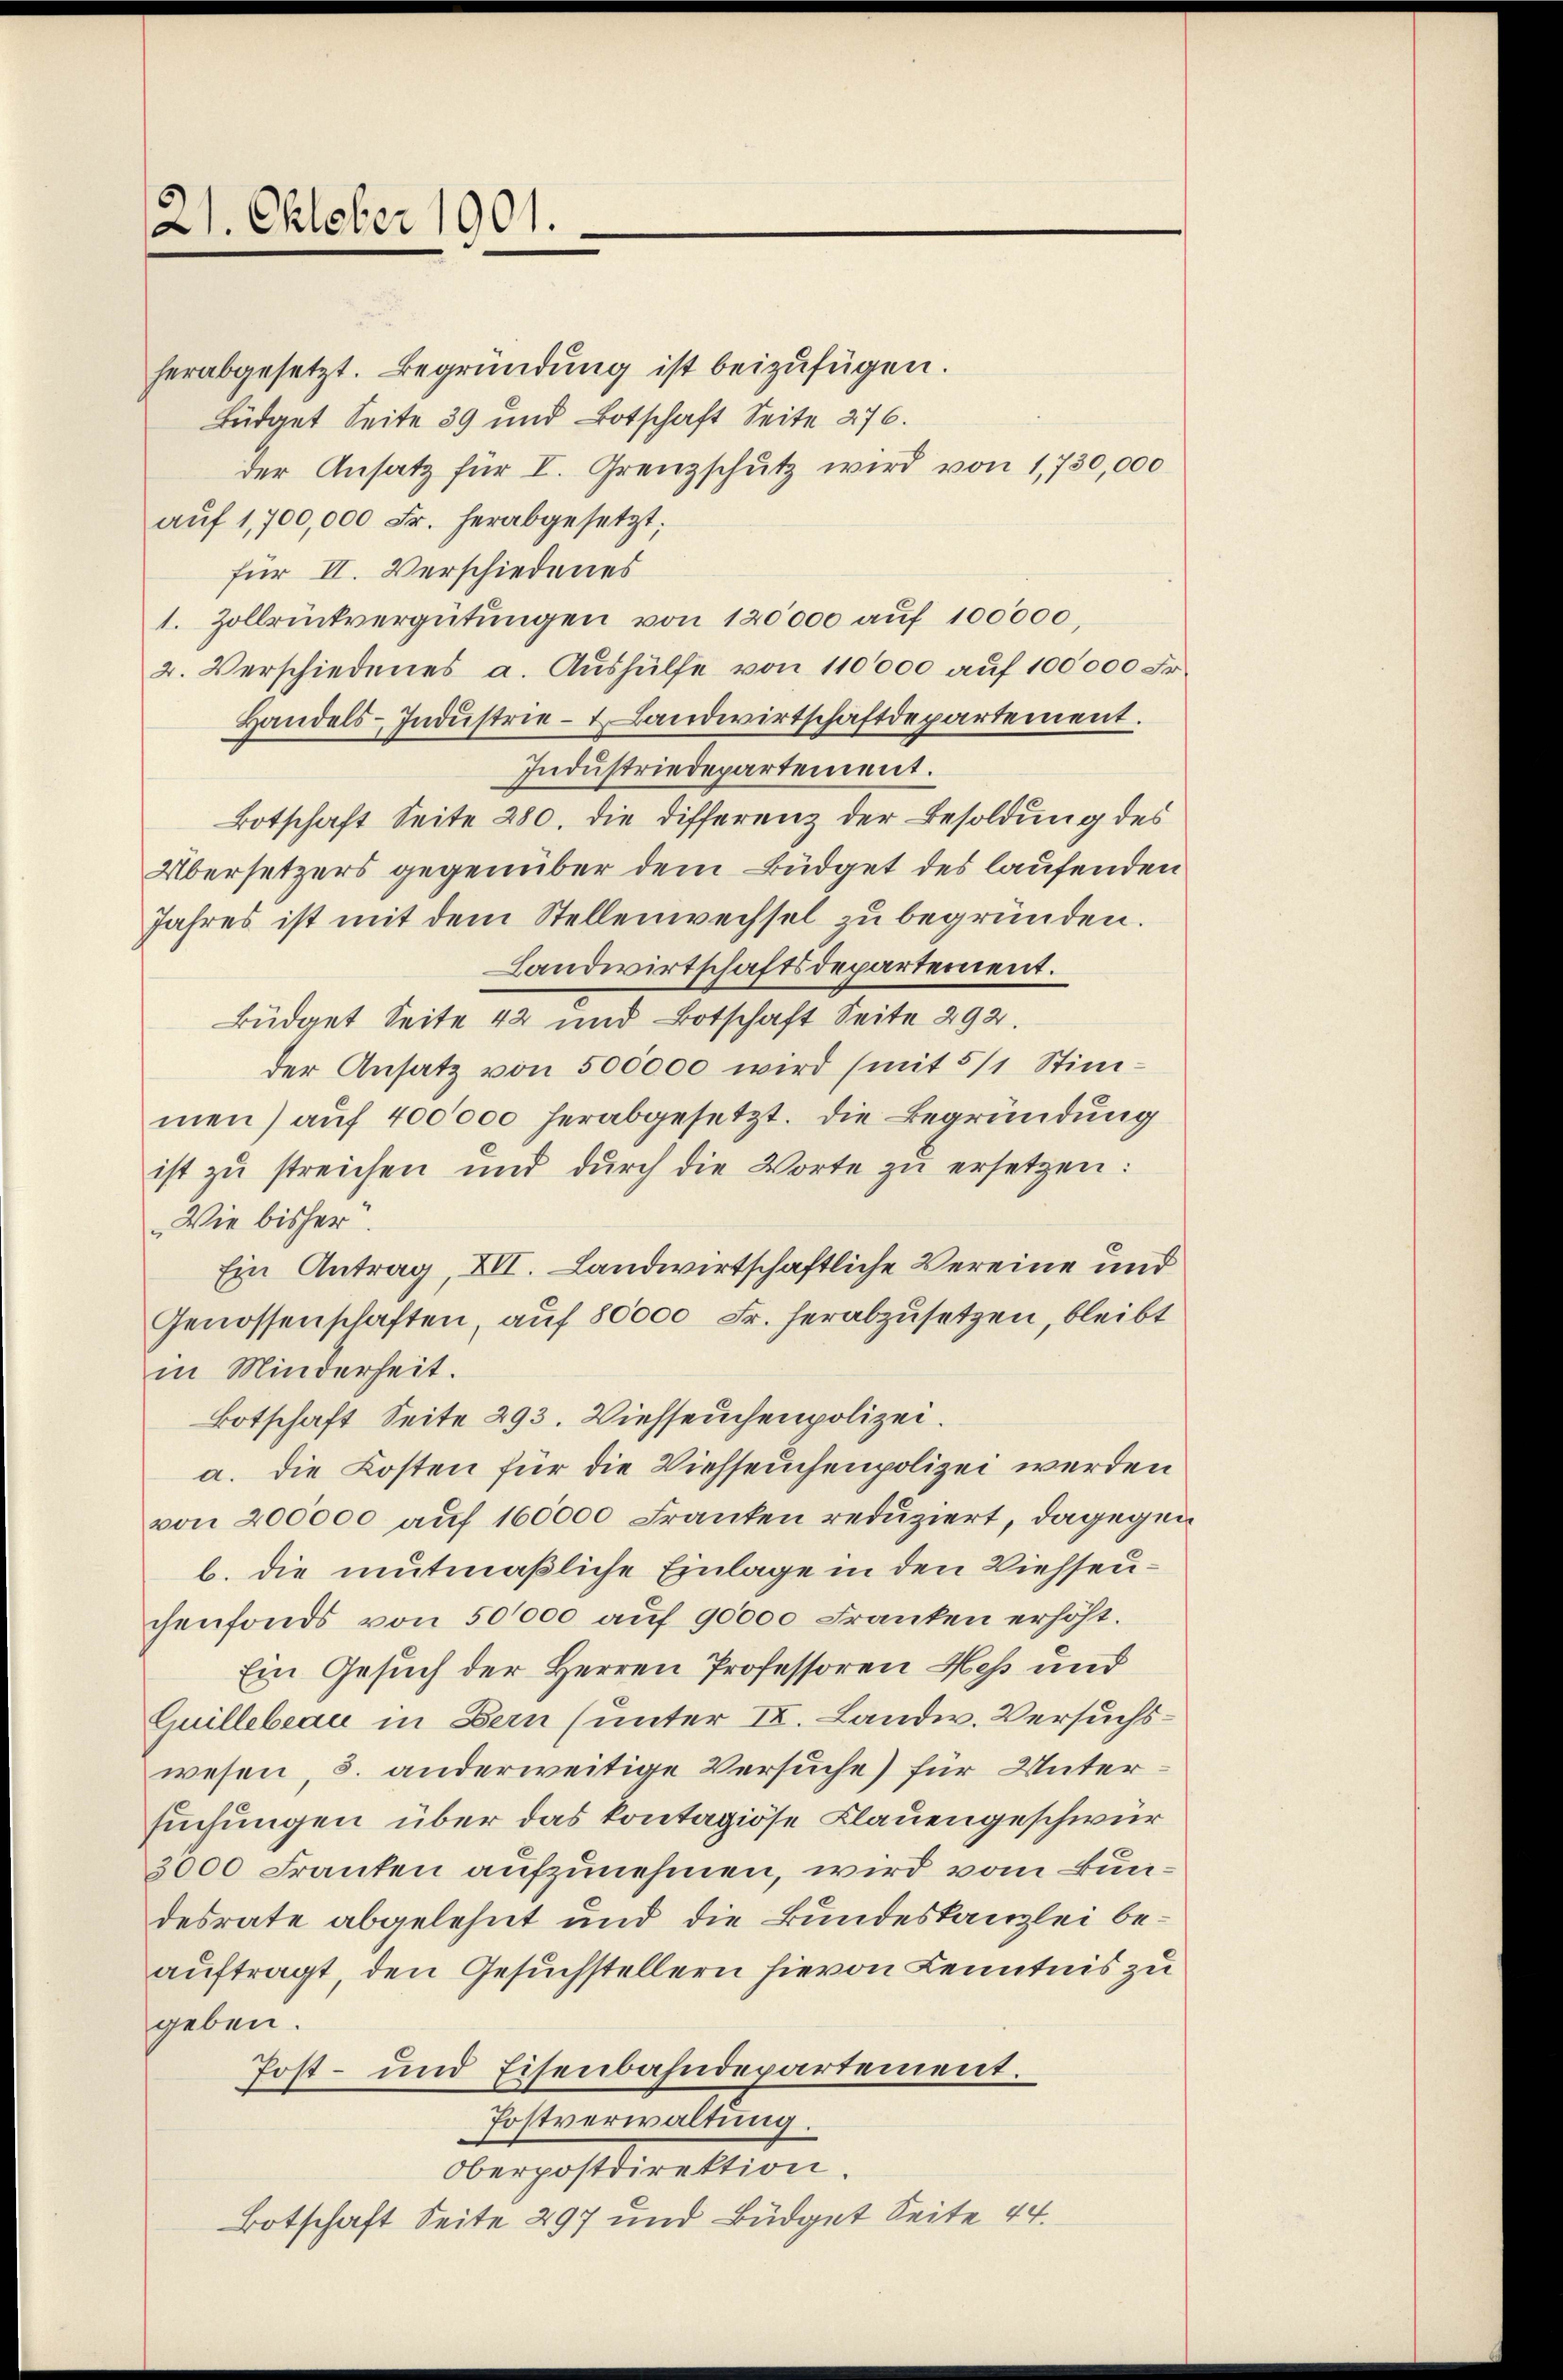
21. Oktober 1901.

herabgesetzt. Begründung ist beizufügen.
Büdget Seite 39 und Botschaft Seite 276.
der Ansatz für I. Grenzschutz wird von 1,730,000
auf 1,700,000 Fr. herabgesetzt;
für II. Verschiedenes
1. Zollrückvergütŭngen von 120000 auf 100000,
2. Verschiedenes a. Aŭshülfe von 110000 aŭf 100000 Fr.
Handels-Indŭstrie- Landwirtschaftdepartement.
Industriedepartement.
Botschaft Seite 280. die Differenz der Besoldung des
Übersetzers gegenüber dem Büdget des laufenden
Jahres ist mit dem Stellenwechsel zu begründen.
Landwirtschaftsdepartement.
Büdget Seite 42 und Botschaft Seite 292.
der Ansatz von 500000 wird (mit 5/1 Stimmen) auf 400000 herabgesetzt. Die Begründung
ist zŭ streichen und dŭrch die Worte zŭ ersetzen:
Wie bisher.
Ein Antrag, XII. Landwirtschaftliche Vereine und
Genossenschaften, auf 80000 Fr. herabzusetzen, bleibt
in Minderheit.
Botschaft Seite 293. Viehseuchenpolizei.
a. die Kosten für die Viehseuchenpolizei werden
von 200000 auf 160000 Franken reduziert, dagegen
b. die mutmaßliche Einlage in den Viehseuchenfonds von 50000 auf 90000 Franken erhöht.
Ein Gesuch der Herren Professoren Hess und
Guillebeau in Bern (unter II. Landw. Versuchswesen, s. anderweitige Versuche) für Untersuchungen über das kontagiöse Klauengeschwur¬
3000 Franten aufzunehmen, wird vom Bundesrate abgelehnt und die Bundeskanzlei beauftragt, den Gesuchstellern hievon Kenntnis zu
geben.
Post- und Eisenbahndepartement.
Postverwaltung.
Oberpostdirektion.
Botschaft Seite 297 und Büdget Seite 44